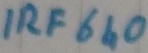
Text: IRF640